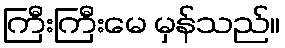
ကြီးကြီးမေ မှန်သည်။